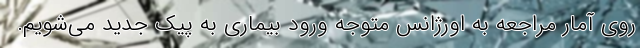
روی آمار مراجعه به اورژانس متوجه ورود بیماری به پیک جدید می‌شویم.